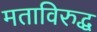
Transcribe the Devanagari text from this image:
मताविरुद्ध